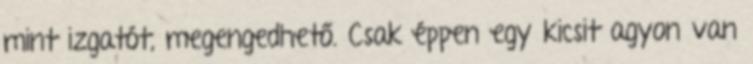
mint izgatót, megengedhető. Csak éppen egy kicsit agyon van